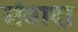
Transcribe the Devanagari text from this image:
संवादा